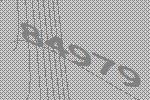
84979